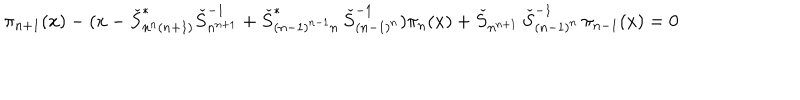
\pi _ { n + 1 } ( x ) - ( x - \check { S } _ { n ^ { n } ( n + 1 ) } ^ { * } \check { S } _ { n ^ { n + 1 } } ^ { - 1 } + \check { S } _ { ( n - 1 ) ^ { n - 1 } n } ^ { * } \, \check { S } _ { ( n - 1 ) ^ { n } } ^ { - 1 } ) \pi _ { n } ( x ) + \check { S } _ { n ^ { n + 1 } } \, \check { S } _ { ( n - 1 ) ^ { n } } ^ { - 1 } \, \pi _ { n - 1 } ( x ) = 0